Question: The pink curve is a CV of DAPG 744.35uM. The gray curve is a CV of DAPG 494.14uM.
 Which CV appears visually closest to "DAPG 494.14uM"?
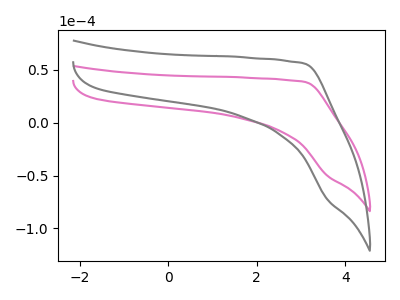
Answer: <think>The pink curve "DAPG 744.35uM" has no peaks. The gray curve "DAPG 494.14uM" has no peaks.
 Neither "DAPG 744.35uM" or "DAPG 494.14uM" have any peaks.</think>
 <answer>The CV with the most similar shape to "DAPG 744.35uM" is "DAPG 494.14uM".</answer>
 <eval>"DAPG 494.14uM"</eval>